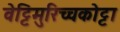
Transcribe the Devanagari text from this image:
वेट्टिमुरिच्चकोट्टा